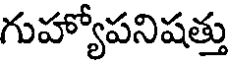
గుహ్యోపనిషత్తు